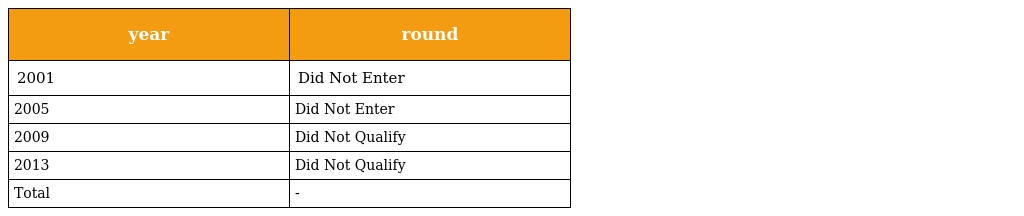
| year | round |
 | --- | --- |
 | 2001 | Did Not Enter |
 | 2005 | Did Not Enter |
 | 2009 | Did Not Qualify |
 | 2013 | Did Not Qualify |
 | Total | - |